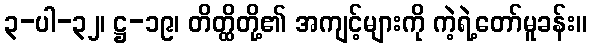
၃-ပါ-၃၂၊ ဋ္ဌ-၁၉၊ တိတ္ထိတို့၏ အကျင့်များကို ကဲ့ရဲ့တော်မူခန်း။